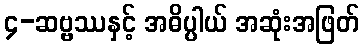
၄-ဆဗ္ဗဿနှင့် အဓိပ္ပါယ် အဆုံးအဖြတ်